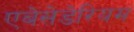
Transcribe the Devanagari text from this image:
एबेसेडेरियम